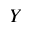
Y